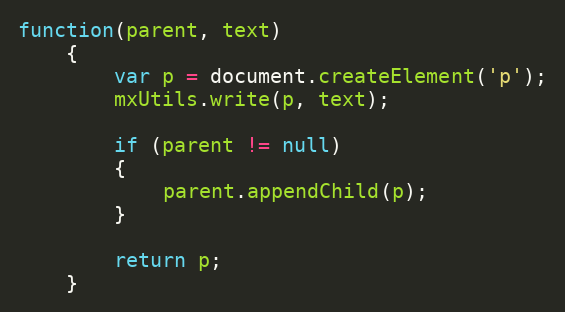
Language: JavaScript
function(parent, text)
	{
		var p = document.createElement('p');
		mxUtils.write(p, text);

		if (parent != null)
		{
			parent.appendChild(p);
		}

		return p;
	}